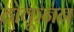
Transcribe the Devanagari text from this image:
ठोकूनन